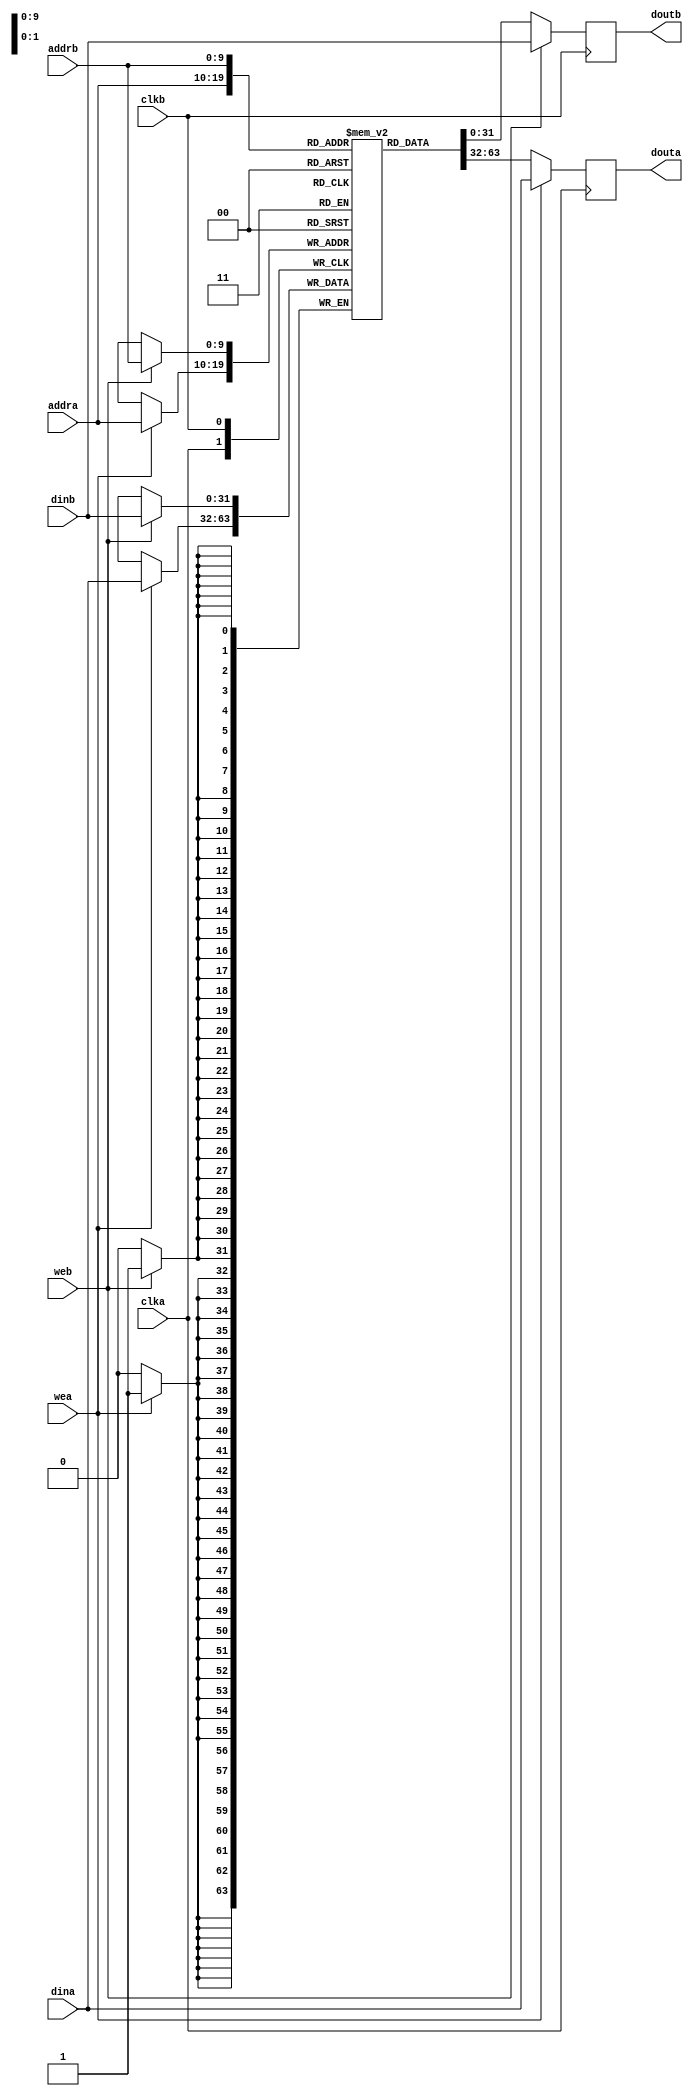
module dpb #(
  parameter DATA_WIDTH = 32,
  parameter ADDR_WIDTH = 10,
  parameter MEM_FILE  = "NOTHING",
  parameter MEM_FILE_LENGTH = 0,
  parameter INITIALIZE = 0
) (
    input                             clka,
    input                             wea,
    input   wire  [ADDR_WIDTH - 1: 0] addra,
    input   wire  [DATA_WIDTH - 1: 0] dina,
    output  reg   [DATA_WIDTH - 1: 0] douta = 0,

    input                             clkb,
    input                             web,
    input   wire  [ADDR_WIDTH - 1: 0] addrb,
    input   wire  [DATA_WIDTH - 1: 0] dinb,
    output  reg   [DATA_WIDTH - 1: 0] doutb = 0
);

//Shared Memory
reg     [DATA_WIDTH - 1: 0]       mem [(1 << ADDR_WIDTH) - 1: 0];

integer i;
generate
if (MEM_FILE != "NOTHING") begin
  initial begin
    $readmemh(MEM_FILE, mem, 0, MEM_FILE_LENGTH - 1);
  end
end
else begin
  initial begin
    if (INITIALIZE == 1) begin
      for (i = 0; i < (1 << ADDR_WIDTH); i = i + 1) begin
        mem[i]      <= 0;
      end
    end
  end
end
endgenerate

//Port A
always @ (posedge clka) begin
  douta          <=              mem[addra];
  if (wea) begin
    douta        <=  dina;
    mem[addra]   <=  dina;
  end
end


//Port B
always @ (posedge clkb) begin
  doutb          <=              mem[addrb];
  if (web) begin
    doutb        <=              dinb;
    mem[addrb]   <=              dinb;
  end
end

endmodule